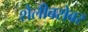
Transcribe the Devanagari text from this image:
शैलीबरोबर